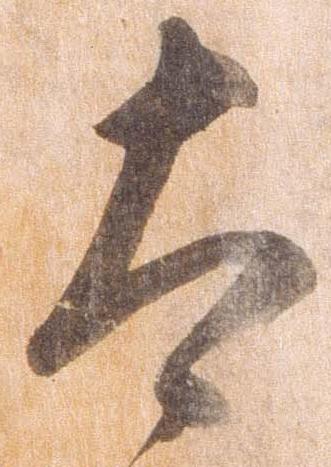
太